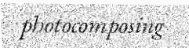
photocomposing